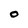
Character: O